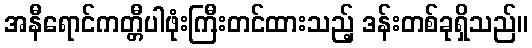
အနီရောင်ကတ္တီပါဖုံးကြီးတင်ထားသည့် ဒန်းတစ်ခုရှိသည်။